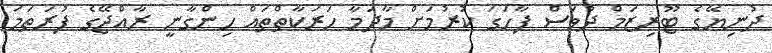
ދުނިޔޭގެ ޓޫރިޒަމް ދުވަސް ފާހަގަ ކުރުމަށް މާދަމާ ހަރަކާތްތައް ހިންގާނީ ރާއްޖޭގެ ފުރަތަމަ